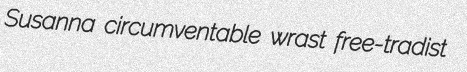
Susanna circumventable wrast free-tradist